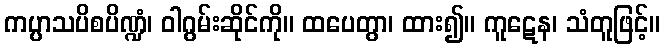
ကပ္ပာသပိစပိဏ္ဍံ၊ ဝါဂွမ်းဆိုင်ကို။ ထပေတွာ၊ ထား၍။ ကူဋေန၊ သံတူဖြင့်။